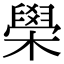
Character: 𦦗